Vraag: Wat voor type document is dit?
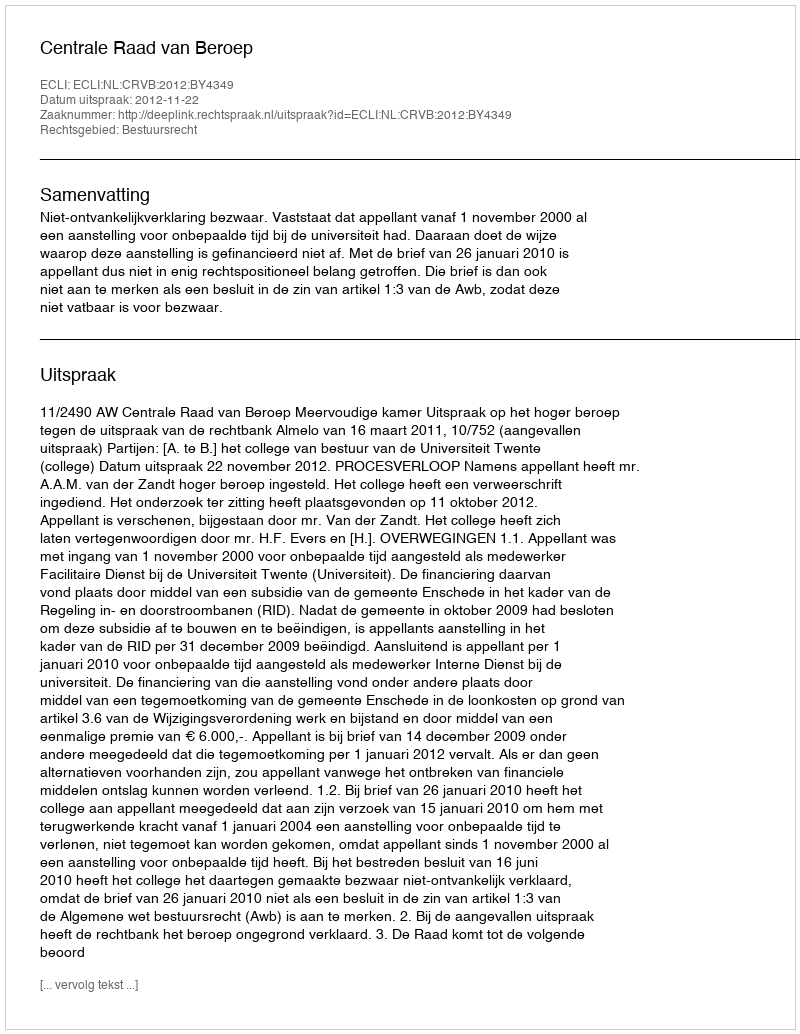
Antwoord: Uitspraak